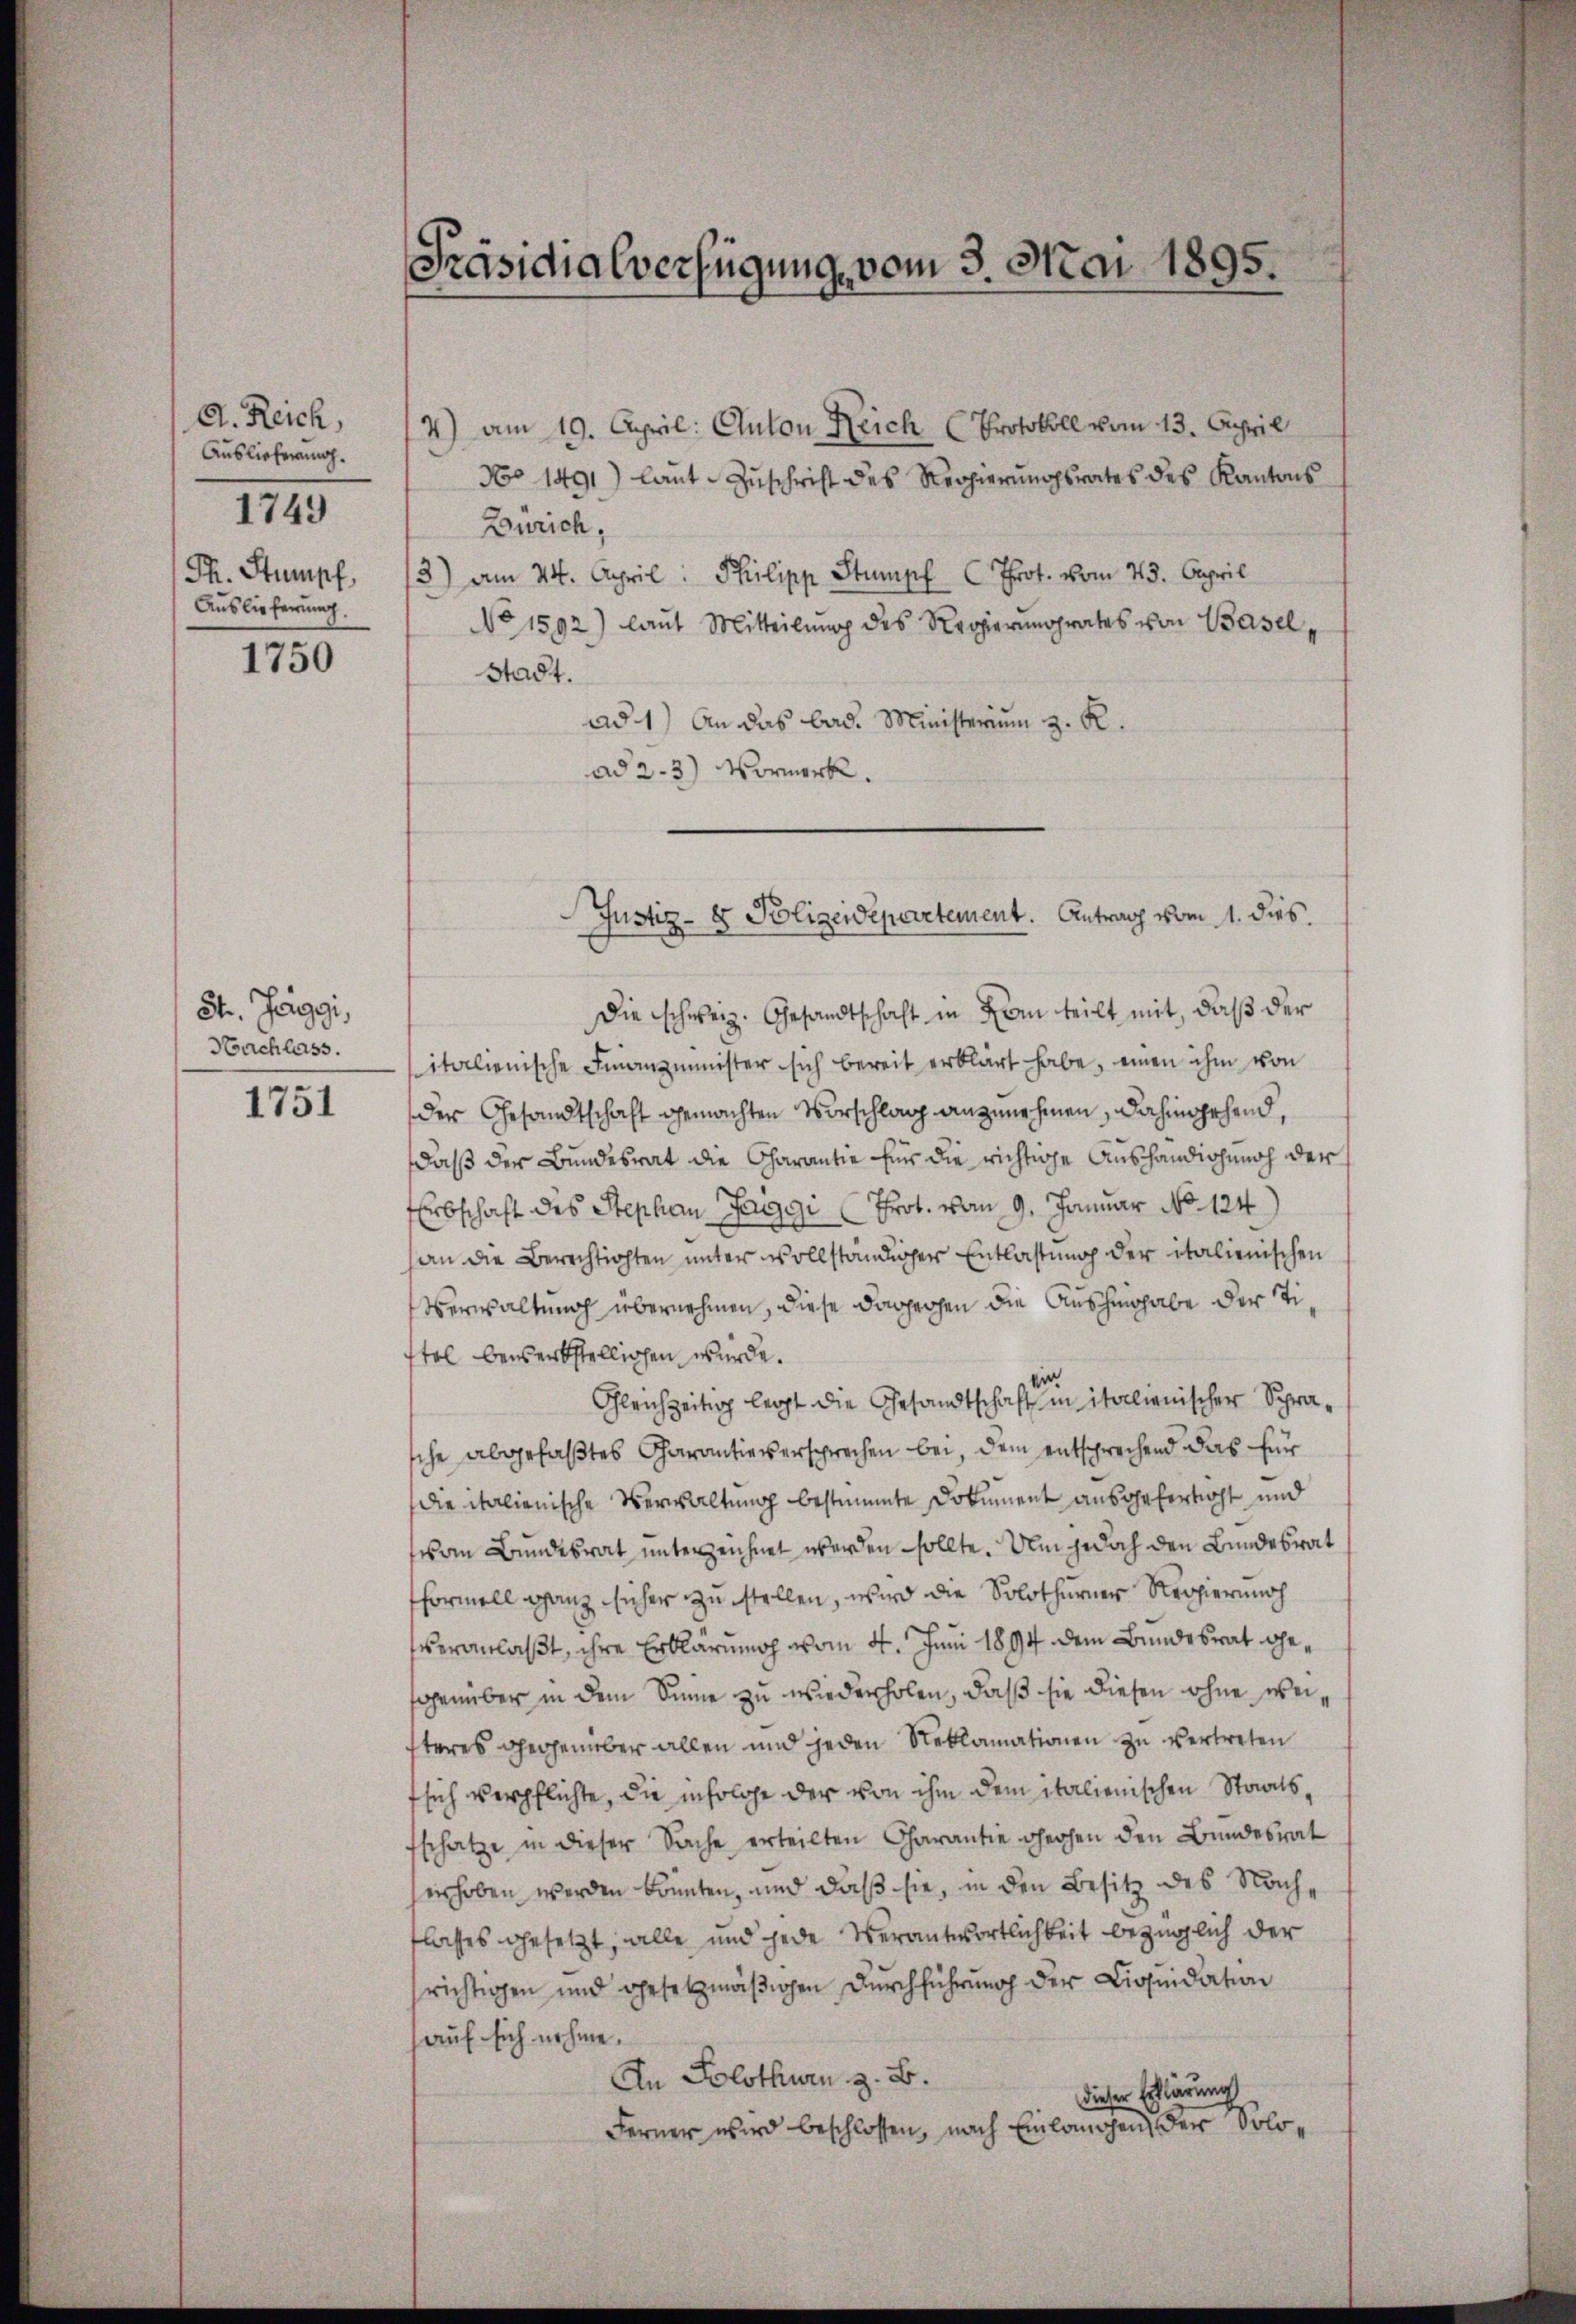
A. Reich,
Auslieferung.
Th. Stumpf,
Auslieferung.

1749

1750

St. Jaggi,
Nachlass.

1751

Präsidialverfügung vom 3. Mai 1895.

4) am 19. April: Auton Reich (Protokoll vom 13. April
No 1491) laut Zuschrift des Regierungsrates des Kantons
Zürich,
3) am 24. April: Philipp Stumpf Prot. vom 23. April
No 1592) laut Mitteilŭng des Regierŭngsrates von Basel,
Stadt.
ad 1) An das bad. Ministerium z. R.
ad 2. 3) Vormerk.
Die schweiz. Gesandtschaft in Rom teilt mit, daß der
italienische Finanzminister sich bereit erklärt habe, einen ihm von
der Gesandtschaft gemachten Vorschlag anzunehmen, dahingehend,
daß der Bundesrat die Charantie für die richtige Aushändigung der
Erbschaft des Stephan Pariggi Prot. vom 9. Januar No. 124.)
an die Berechtigten unter vollständiger Entlastung der italienischen
Verwaltung übernehmen, diese dagegen die Aushingabe der Titel bewerkstelligen würde.
Gleichzeitig legt die Gesandtschaft in italienischer Sprasche abgefaßtes Charantieversprechen bei, dem entsprechend das für
die italienische Verwaltung bestimmte Dokument ausgefertigt und
vom Bundesrat unterzeichnet werden sollte. Um jedoch den Bundesrat
formell ganz sicher zu stellen, wird die Solothurner Regierung
veranlaßt, ihre Erklärung vom 4. Juni 1894 dem Bundesrat gegenüber in dem Sinne zu wiederholen, daß sie diesen ohne weisteres gegenüber allen und jeden Reklamationen zu vertreten
fsich verpflichte, die infolge der von ihm dem italienischen Staatssschätze in dieser Sache erteilten Charantie gehen den Bundesrat
erhoben werden könnten, und daß sie, in den Besitz des Nachlasses gesetzt, alle und jede Verantwortlichkeit bezüglich der
srichtigen und gesetzmäßigen Durchführung der Liquidation
auf sich nehme.
An Solothurn, z. B.
dieser Erklärung
Ferner wird beschlossen, nach Einlangen der Solo¬

Justiz- & Polizeidepartement. Antrag vom 1. dies.